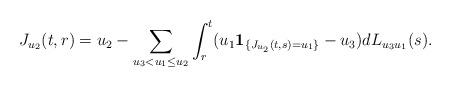
LaTeX: \begin{align*}J_{u_2}(t,r)=u_2-\sum_{u_3<u_1\leq u_2}\int_r^t(u_1{\bf 1}_{\{J_{u_2}(t,s)=u_1\}}-u_3)dL_{u_3u_1}(s).\end{align*}